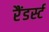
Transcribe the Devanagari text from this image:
रैंडर्स्ट